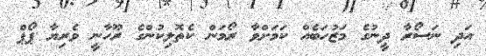
އަދި ނަސޯރާ ދީނުގެ މަޒުހަބެއް ކަމަށްވާ ރޯމަން ކެތޮލިކުންގެ ރޫހާނީ ވެރިޔާ ޕޯޕް